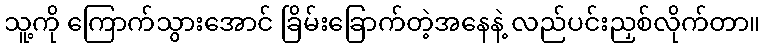
သူ့ကို ကြောက်သွားအောင် ခြိမ်းခြောက်တဲ့အနေနဲ့ လည်ပင်းညှစ်လိုက်တာ။